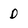
Character: D